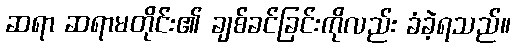
ဆရာ ဆရာမတိုင်း၏ ချစ်ခင်ခြင်းကိုလည်း ခံခဲ့ရသည်။